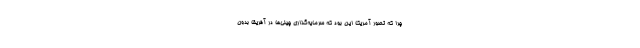
چرا که تصور آمریکا این بود که سرمایه‌گذاری چینی‌ها در آفریقا بدون